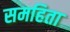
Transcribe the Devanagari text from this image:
समहिता